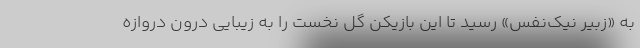
به «زبیر نیک‌نفس» رسید تا این بازیکن گل نخست را به زیبایی درون دروازه